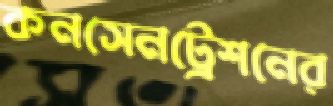
কনসেনট্রেশনের